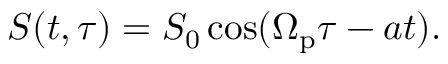
S ( t , \tau ) = S _ { 0 } \cos ( \Omega _ { \mathrm { p } } \tau - a t ) .